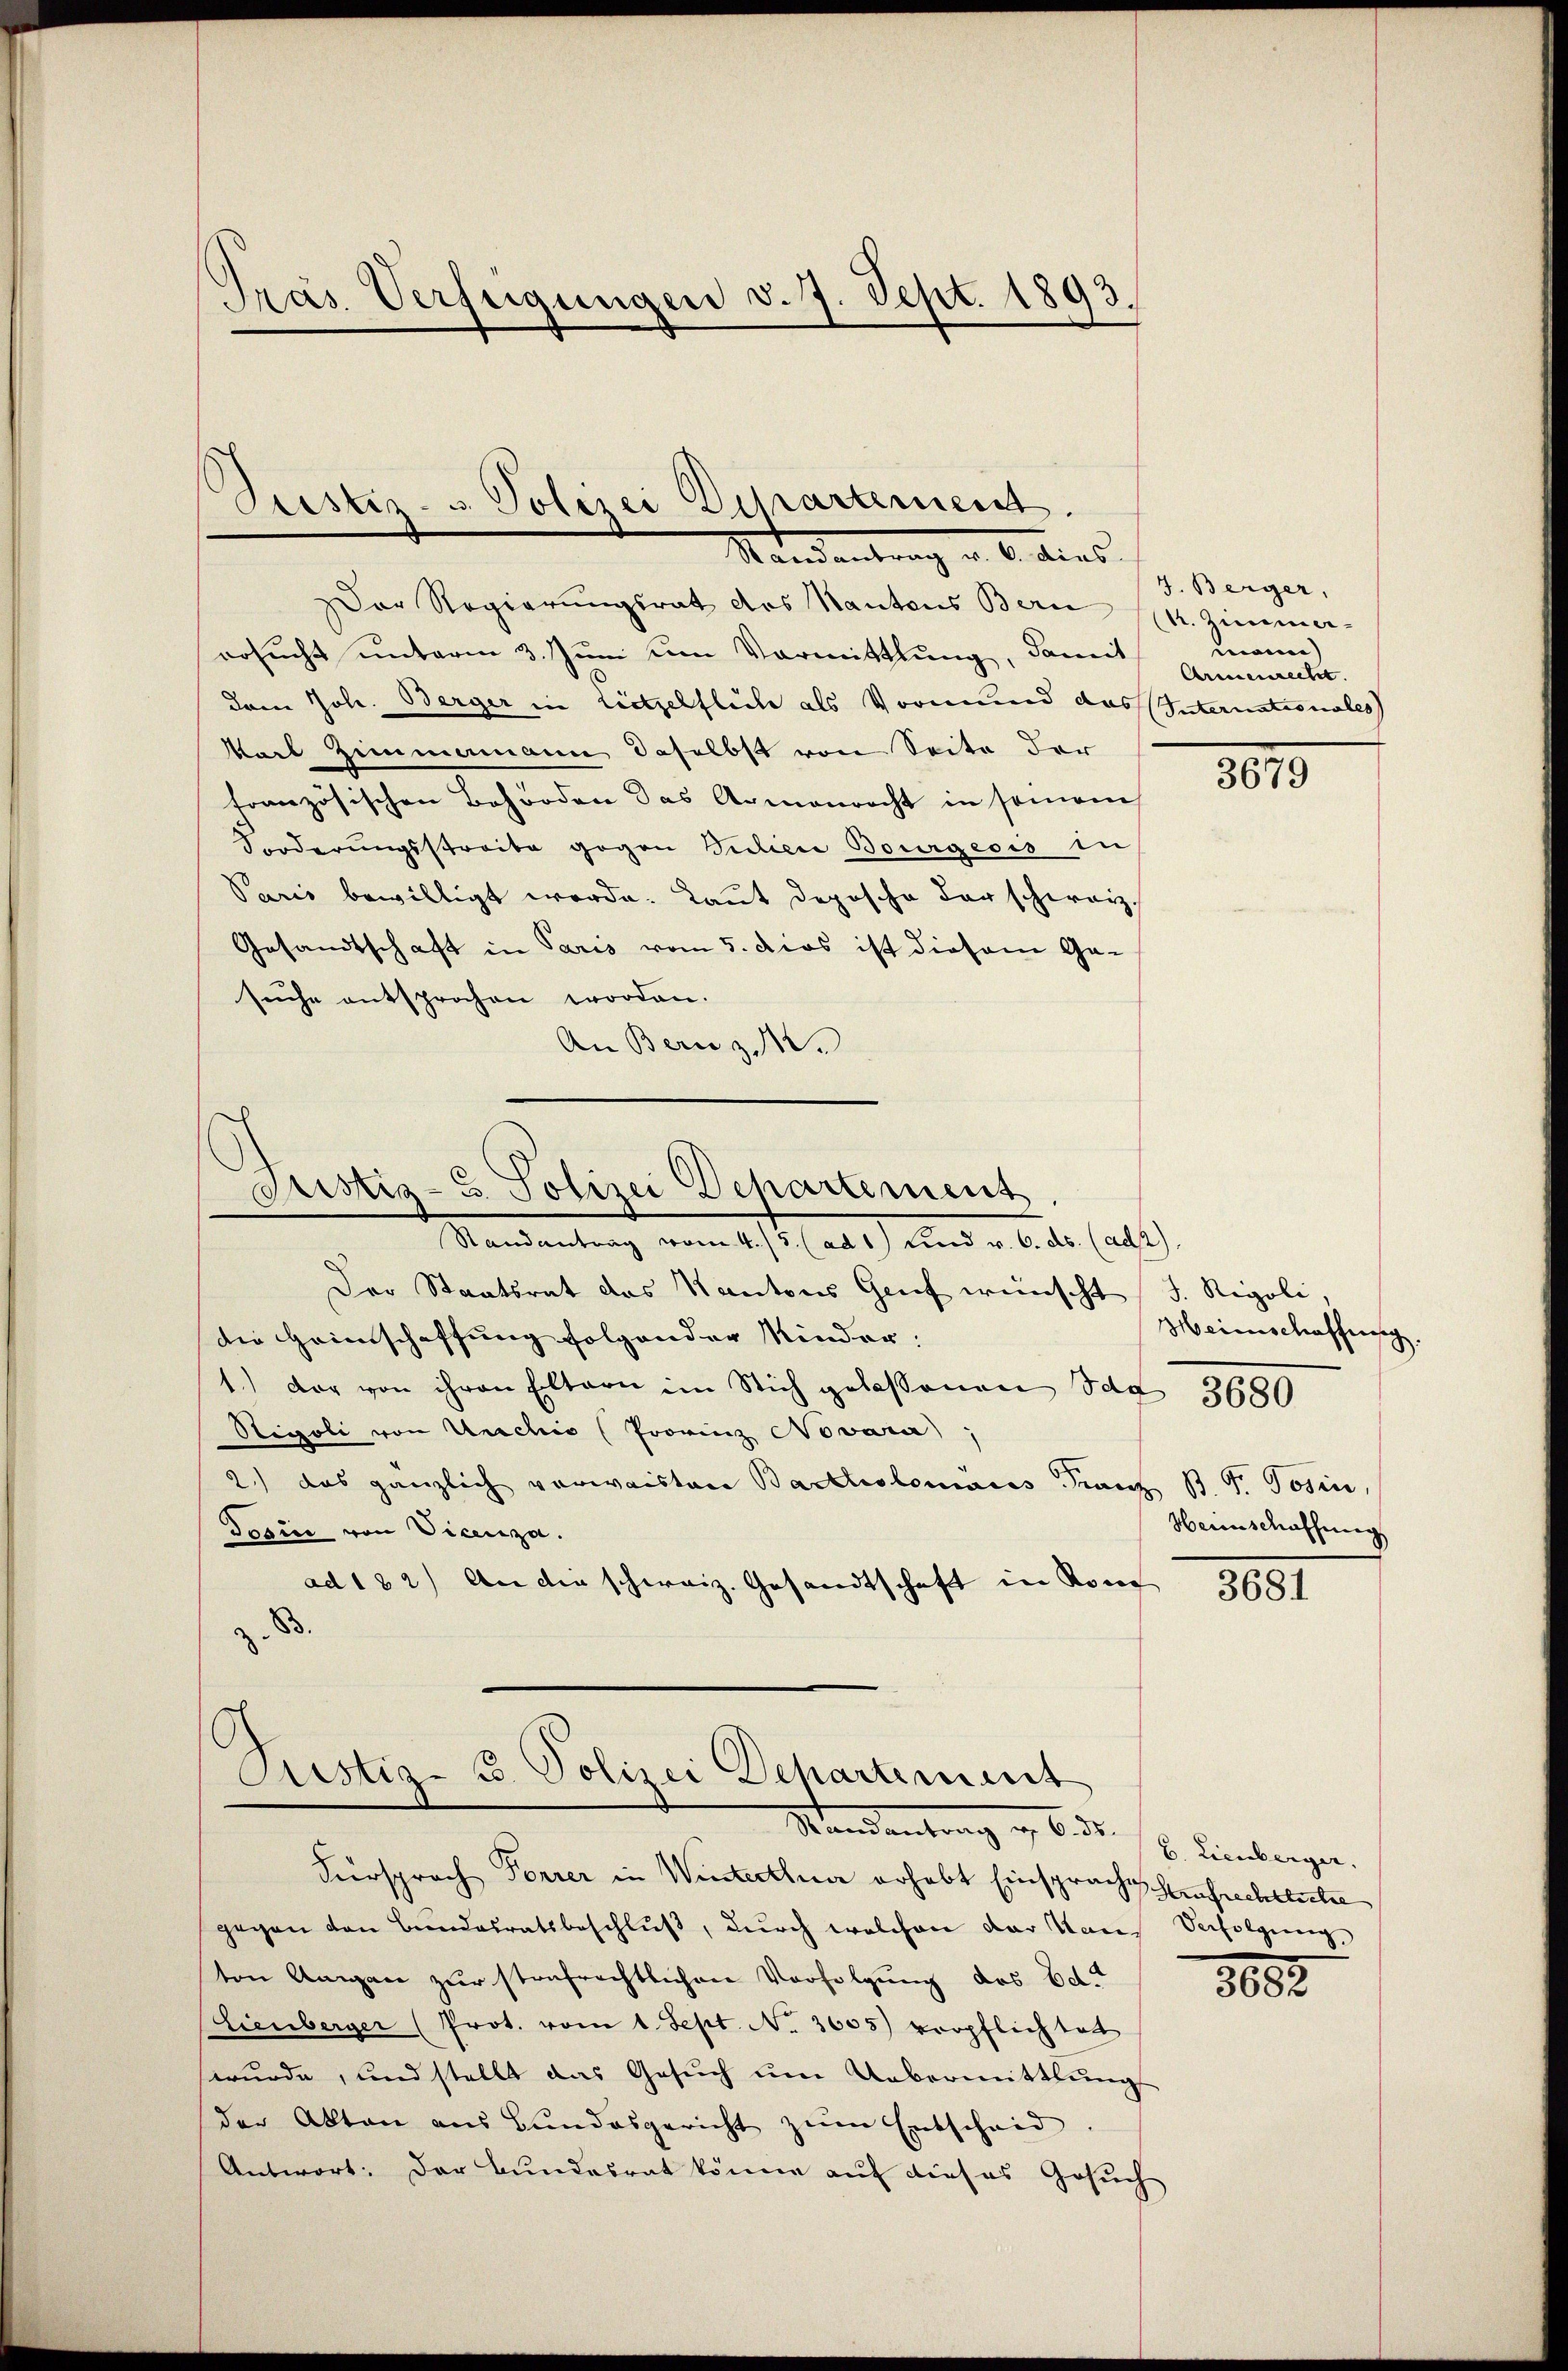
Prás Verfügungen v. 7. Sept. 1893.
t

Justiz- & Polizei Departement.
Mandantrag u. 6. dies

Der Regierungsrat des Kantons Bern (k. Zimmer-
ersŭcht unterm 3. Juni vom Vormittlung, damit
dem Joh. Berger in Lietzelflich als Vormund das Internationales
Karl Zimmemann daselbst von Seite der
französischen Behörden das Armenrecht in sonomis
Forderungsstreite gegen Pudici Bourgeois in
Paris bewilligt werde. Laut deposche der schwarz,
Gesandtschaft in Paris vom 5. dies ist diesem Gesuche entsprochen worden.
An Bern z

Justiz- & Polizei Departement

Randantrag vom 4. /5. (ad 1) Kind v. 6. ds. (alt).
Der Staatsrat des Kantons Genf wünscht J. Rigoli,
Die Heimschaffung folgender Kinder:
1.) der von ihren Eltern im Stich gelassenen Tag 3600
Steoli von Unechis (Provinz Novara,
2) das gänzlich verwaisten Bartolomacis Franz B. G. Tosen,
Dogin von Vicenza.
ad 122) An die schweiz. Gesandtschaft in Kom
83.

Justiz- & Polizei Departement
Randantrag v. 6. d.

Füersprach Forrer in Winterthur erhebt Einsprach Haufrechtleiter
gegen den Bŭndesratsbeschlŭβ, dŭrch welchen der Name Verfolgŭng
ton Angen zur strafrechtlichen Verfolgung des Edt.
Lienberger (Prot. vom 1. Sept. No. 3605) verpflichtet
wurde, und stellt das Gesŭch ŭm Uebermittlungs
der Akten aus Bundesgericht zŭm Entscheid
Antwort: Der Bundesrat könne auf dieses Gesuch

J. Berger,
mann)
Armenrecht.

3679

Meinschaffensig
Weinschaffung

3601

b. Lienberger.

8000.